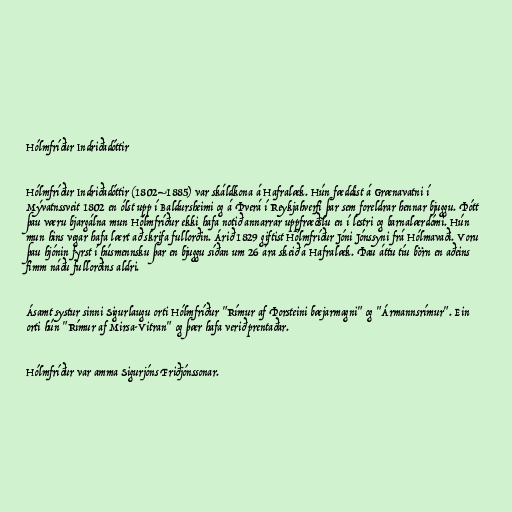
Hólmfríður Indriðadóttir

Hólmfríður Indriðadóttir (1802–1885) var skáldkona á Hafralæk. Hún fæddist á Grænavatni í
Mývatnssveit 1802 en ólst upp í Baldursheimi og á Þverá í Reykjahverfi þar sem foreldrar hennar bjuggu. Þótt
þau væru bjargálna mun Hólmfríður ekki hafa notið annarrar uppfræðslu en í lestri og barnalærdómi. Hún
mun hins vegar hafa lært að skrifa fullorðin. Árið 1829 giftist Hólmfríður Jóni Jónssyni frá Hólmavaði. Voru
þau hjónin fyrst í húsmennsku þar en bjuggu síðan um 26 ára skeið á Hafralæk. Þau áttu tíu börn en aðeins
fimm náðu fullorðins aldri.

Ásamt systur sinni Sigurlaugu orti Hólmfríður "Rímur af Þorsteini bæjarmagni" og "Ármannsrímur". Ein
orti hún "Rímur af Mirsa-Vitran" og þær hafa verið prentaðar.

Hólmfríður var amma Sigurjóns Friðjónssonar.